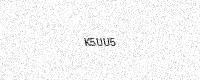
Text: K5UU5